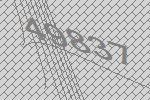
49837